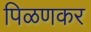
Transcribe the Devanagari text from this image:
पिळणकर